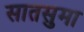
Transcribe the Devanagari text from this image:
सातसुमा